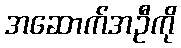
အဆောက်အဦကို